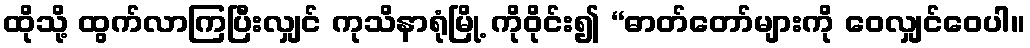
ထိုသို့ ထွက်လာကြပြီးလျှင် ကုသိနာရုံမြို့ ကိုဝိုင်း၍ “ဓာတ်တော်များကို ဝေလျှင်ဝေပါ။